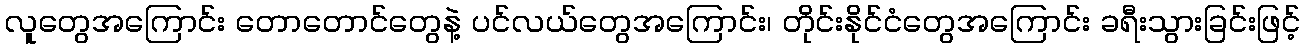
လူတွေအကြောင်း တောတောင်တွေနဲ့ ပင်လယ်တွေအကြောင်း၊ တိုင်းနိုင်ငံတွေအကြောင်း ခရီးသွားခြင်းဖြင့်